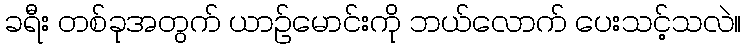
ခရီး တစ်ခုအတွက် ယာဉ်မောင်းကို ဘယ်လောက် ပေးသင့်သလဲ။